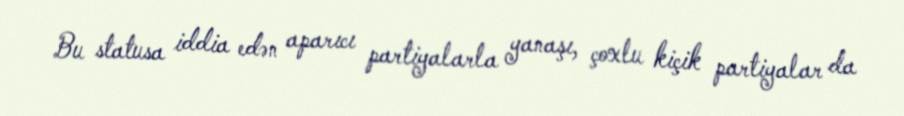
Bu statusa iddia edən aparıcı partiyalarla yanaşı, çoxlu kiçik partiyalar da